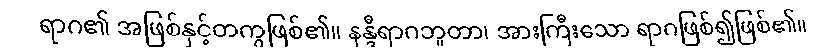
ရာဂ၏ အဖြစ်နှင့်တကွဖြစ်၏။ နန္ဒီရာဂဘူတာ၊ အားကြီးသော ရာဂဖြစ်၍ဖြစ်၏။